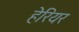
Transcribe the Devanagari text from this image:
हेरियर